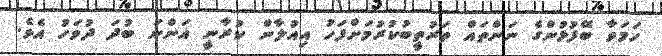
ހަމަވާ ބޭފުޅުންގެ ނަންތައް ތަރުތީބުކުރުމަށްފަހު އިއުލާން ކުރާނީ އަންނަ ބުދަ ދުވަހު އެވެ.